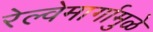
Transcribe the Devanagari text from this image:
रेल्वेमार्गामुळे